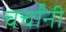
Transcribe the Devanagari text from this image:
चर्चांनी